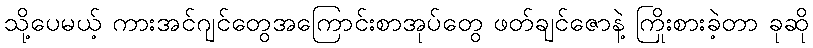
သို့ပေမယ့် ကားအင်ဂျင်တွေအကြောင်းစာအုပ်တွေ ဖတ်ချင်ဇောနဲ့ ကြိုးစားခဲ့တာ ခုဆို